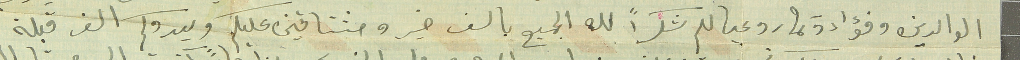
الوالدين وفؤاد وتمار وعيالكم شكراً لله الجميع بالف خير ومشتاقين عليكم ويدوكم الف قبلة